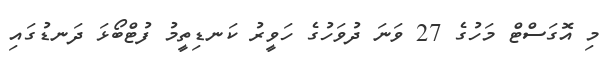
މި އޮގަސްޓް މަހުގެ 27 ވަނަ ދުވަހުގެ ހަވީރު ކަނޑިތީމު ފުޓްބޯޅަ ދަނޑުގައި